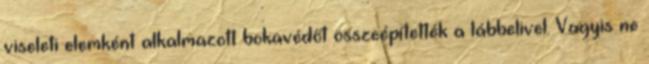
viseleti elemként alkalmazott bokavédőt összeépítették a lábbelivel. Vagyis ne